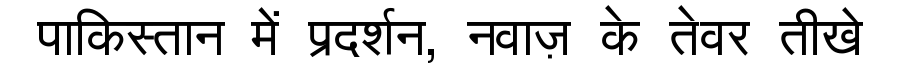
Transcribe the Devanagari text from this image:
पाकिस्तान में प्रदर्शन, नवाज़ के तेवर तीखे